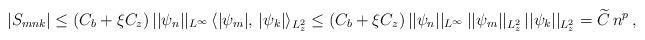
LaTeX: \begin{align*} |S_{mnk}|\leq (C_b + \xi C_z)\, ||\psi_n||_{L^{\infty}}\, \langle |\psi_m|, \, |\psi_k|\rangle_{L^2_z} \leq (C_b + \xi C_z)\, ||\psi_n||_{L^{\infty}}\, ||\psi_m||_{L^2_z}\, ||\psi_k||_{L^2_z}=\widetilde C\, n^p\,, \end{align*}